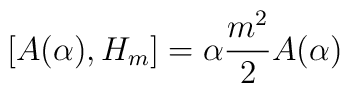
\left[A(\alpha),H_m\right]=\alpha {m^2\over2}A(\alpha)